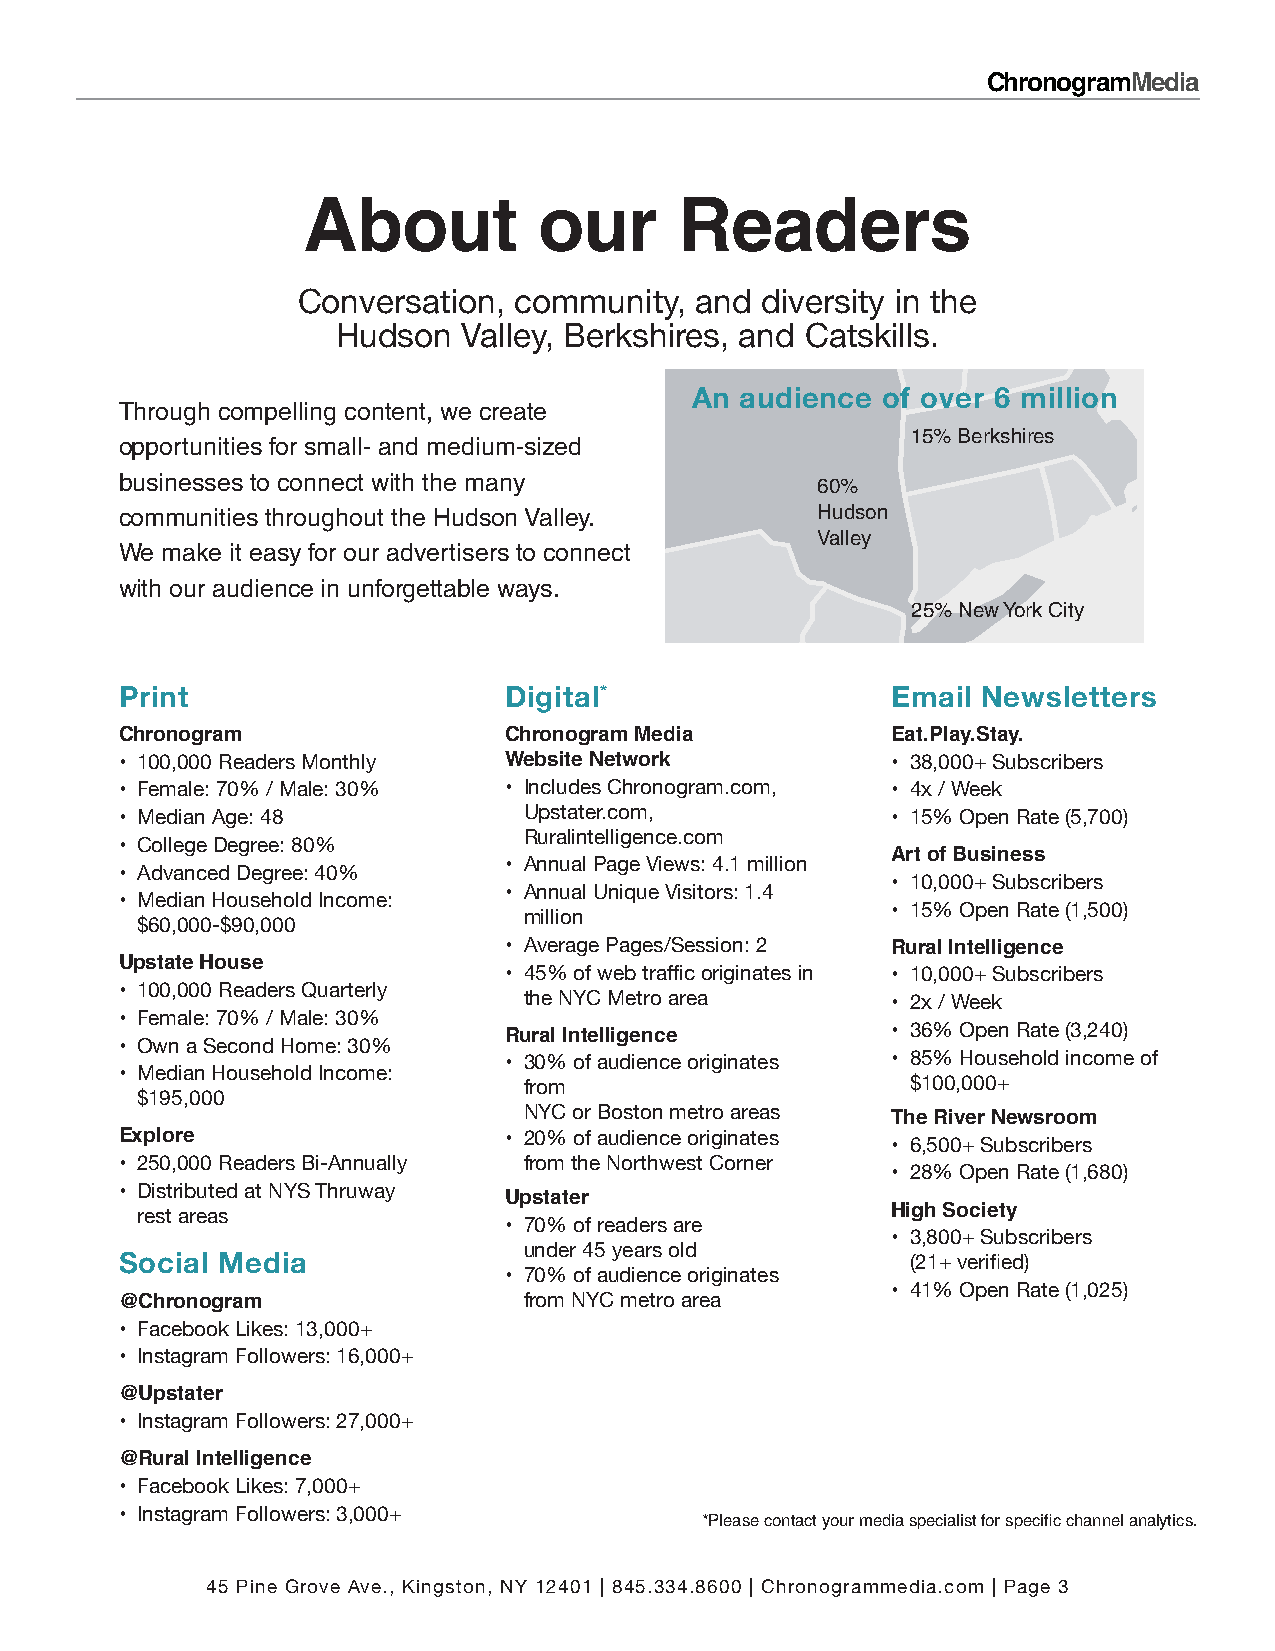
ChronogramMedia
 About           our      Readers
 Conversation, community,  and diversity in the
 Hudson   Valley, Berkshires, and Catskills.
 An audience of over 6 million
 Through compelling content, we create
 15% Berkshires
 opportunities for small- and medium-sized
 businesses to connect with the many           60%
 communities throughout the Hudson Valley.     Hudson
 Valley
 We make it easy for our advertisers to connect
 with our audience in unforgettable ways.
 25% New York City
 Print                    Digital*                  Email Newsletters
 Chronogram               Chronogram Media          Eat.Play.Stay.
 Website Network
 • 100,000 Readers Monthly                          • 38,000+ Subscribers
 • Female: 70% / Male: 30% • Includes Chronogram.com, • 4x / Week
 • Median Age: 48           Upstater.com,           • 15% Open Rate (5,700)
 Ruralintelligence.com
 • College Degree: 80%                              Art of Business
 • Annual Page Views: 4.1 million
 • Advanced Degree: 40%
 • 10,000+ Subscribers
 • Annual Unique Visitors: 1.4
 • Median Household Income:
 • 15% Open Rate (1,500)
 million
 $60,000-$90,000
 • Average Pages/Session: 2 Rural Intelligence
 Upstate House
 • 45% of web traffic originates in • 10,000+ Subscribers
 • 100,000 Readers Quarterly
 the NYC Metro area      • 2x / Week
 • Female: 70% / Male: 30%
 Rural Intelligence        • 36% Open Rate (3,240)
 • Own a Second Home: 30%
 • 30% of audience originates • 85% Household income of
 • Median Household Income:
 from                     $100,000+
 $195,000
 NYC or Boston metro areas The River Newsroom
 Explore
 • 20% of audience originates
 • 6,500+ Subscribers
 • 250,000 Readers Bi-Annually from the Northwest Corner
 • 28% Open Rate (1,680)
 • Distributed at NYS Thruway Upstater
 High Society
 rest areas
 • 70% of readers are
 • 3,800+ Subscribers
 Social Media               under 45 years old
 (21+ verified)
 • 70% of audience originates
 @Chronogram                from NYC metro area     • 41% Open Rate (1,025)
 • Facebook Likes: 13,000+
 • Instagram Followers: 16,000+
 @Upstater
 • Instagram Followers: 27,000+
 @Rural Intelligence
 • Facebook Likes: 7,000+
 • Instagram Followers: 3,000+         *Please contact your media specialist for specific channel analytics.
 45 Pine Grove Ave., Kingston, NY 12401 | 845.334.8600 | Chronogrammedia.com | Page 3